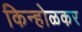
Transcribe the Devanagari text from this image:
किन्होळकर